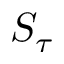
S _ { \tau }